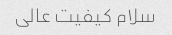
سلام کیفیت عالی